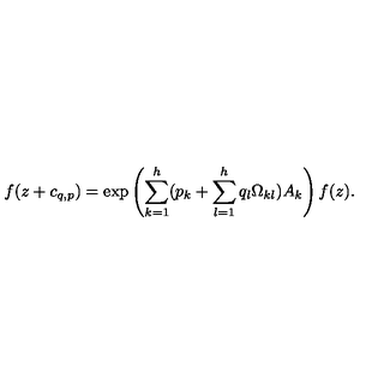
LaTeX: f ( z + c _ { q , p } ) = \exp \left( { \sum _ { k = 1 } ^ { h } ( p _ { k } + \sum _ { l = 1 } ^ { h } q _ { l } \Omega _ { k l } ) A _ { k } } \right) f ( z ) .